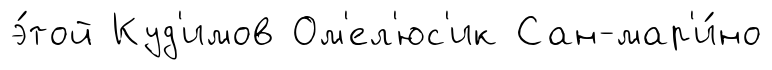
э́той Куд'имов Ом'ел'юс'ик Сан-мар'и́но